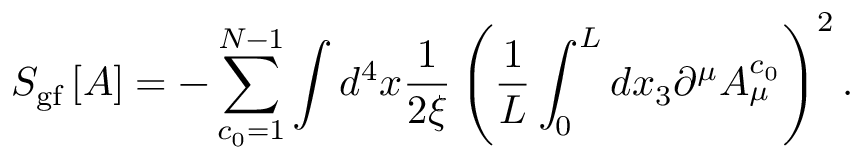
S _ { \mathrm { g f } } \left[ A \right] = - \sum _ { c _ { 0 } = 1 } ^ { N - 1 } \int d ^ { 4 } x \frac { 1 } { 2 \xi } \left( \frac { 1 } { L } \int _ { 0 } ^ { L } d x _ { 3 } \partial ^ { \mu } A _ { \mu } ^ { c _ { 0 } } \right) ^ { 2 } .